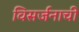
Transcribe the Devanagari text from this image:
विसर्जनाची